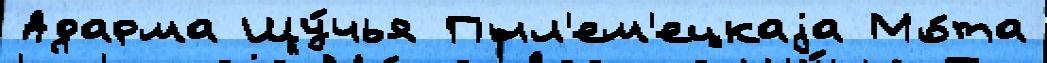
Адарма Щу́чья Пыл'ем'ецкаjа Мо́та